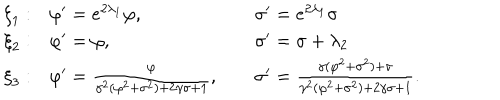
\begin{array} { l l l } { { { \xi } _ { 1 } : } } & { { \varphi ^ { \prime } = e ^ { 2 { \lambda } _ { 1 } } \varphi , \; \; } } & { { { \sigma } ^ { \prime } = e ^ { 2 { \lambda } _ { 1 } } \sigma } } \\ { { { \xi } _ { 2 } : } } & { { \varphi ^ { \prime } = \varphi , \; } } & { { { \sigma } ^ { \prime } = \sigma + { \lambda } _ { 2 } } } \\ { { { \xi } _ { 3 } : } } & { { \varphi ^ { \prime } = \frac { \varphi } { \gamma ^ { 2 } ( \varphi ^ { 2 } + \sigma ^ { 2 } ) + 2 \gamma \sigma + 1 } , \; } } & { { \sigma ^ { \prime } = \frac { \gamma ( \varphi ^ { 2 } + \sigma ^ { 2 } ) + \sigma } { \gamma ^ { 2 } ( \varphi ^ { 2 } + \sigma ^ { 2 } ) + 2 \gamma \sigma + 1 } . } } \\ \end{array}